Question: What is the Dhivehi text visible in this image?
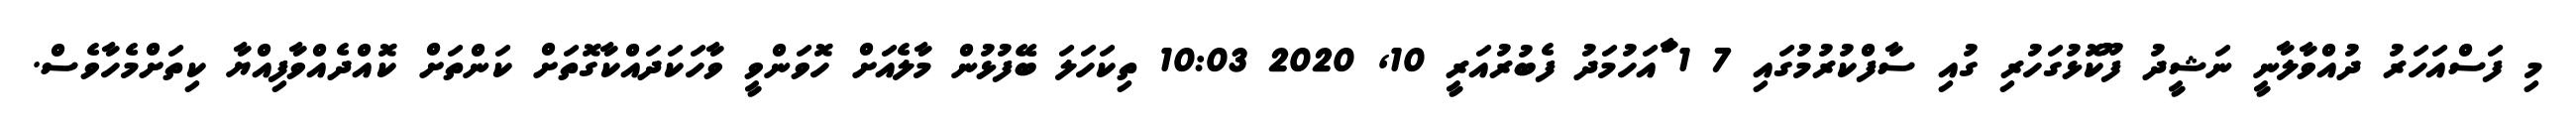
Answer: މި ފަސްއަހަރު ދުއްވާލާނީ ނަޝީދު ފޫކޮޅުގަހުރި ގުއި ސާފްކުރުމުގައި 7 1 ާައަހުމަދު ފެބުރުއަރީ 10, 2020 10:03 ތިކަހަލަ ބޭފުޅުން މާލެއަށް ހޮވަންވީ ވާހަކަދައްކާގޮތަށް ކަންތަށް ކޮއްދެއްވާފިއްޔާ ކިތަށްމެހާވެސް.